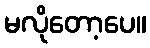
မလိုတော့ပေ။